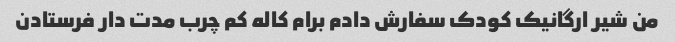
من شیر ارگانیک کودک سفارش دادم برام کاله کم چرب مدت دار فرستادن